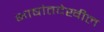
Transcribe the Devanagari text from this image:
भाषांतदेखील